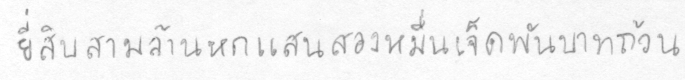
ยี่สิบสามล้านหกแสนสองหมื่นเจ็ดพันบาทถ้วน